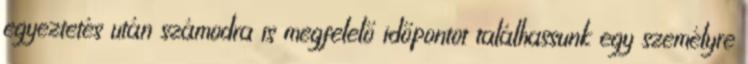
egyeztetés után számodra is megfelelő időpontot találhassunk egy személyre